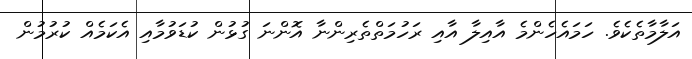
އަލާމާތެކެވެ. ހަމައެހެންމެ އާއިލާ އާއި ރަހުމަތްތެރިންނާ އޮންނަ ގުޅުން ކުޑަވުމާއި އެކަމެއް ކުރުމުން